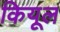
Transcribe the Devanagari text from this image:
कियूल